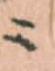
ニ